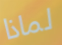
لماذا